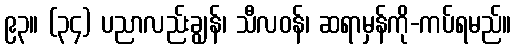
၉၃။ (၃၄) ပညာလည်းချွန်၊ သီလဝန်၊ ဆရာမှန်ကို-ကပ်ရမည်။